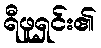
ရီဖူရှင်း၏